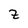
Character: Z